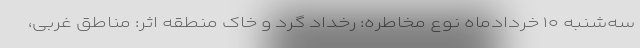
سه‌شنبه ۱۰ خردادماه نوع مخاطره: رخداد گرد و خاک منطقه اثر: مناطق غربی،